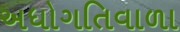
અધોગતિવાળા